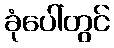
ခုံပေါ်တွင်